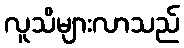
လူသိများလာသည်